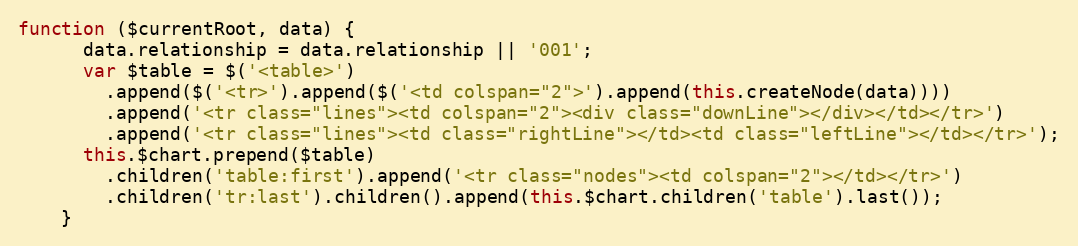
Language: JavaScript
function ($currentRoot, data) {
      data.relationship = data.relationship || '001';
      var $table = $('<table>')
        .append($('<tr>').append($('<td colspan="2">').append(this.createNode(data))))
        .append('<tr class="lines"><td colspan="2"><div class="downLine"></div></td></tr>')
        .append('<tr class="lines"><td class="rightLine"></td><td class="leftLine"></td></tr>');
      this.$chart.prepend($table)
        .children('table:first').append('<tr class="nodes"><td colspan="2"></td></tr>')
        .children('tr:last').children().append(this.$chart.children('table').last());
    }